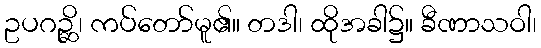
ဥပဂဉ္ဆိ၊ ကပ်တော်မူ၏။ တဒါ၊ ထိုအခါ၌။ ခီဏာသဝါ၊